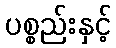
ပစ္စည်းနှင့်